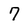
Character: 7